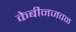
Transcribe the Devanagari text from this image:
केबीनजवळ